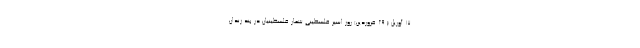
۱۷ آوریل ( ۲۹ فروردین) روز اسیر فلسطینی شمار فلسطینیان در بند زندان